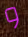
و